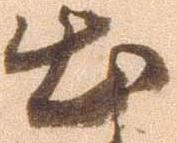
出